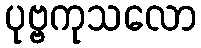
ပုဗ္ဗကုသလော